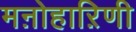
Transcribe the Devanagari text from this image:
मऩोहाऱिणी